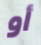
أو